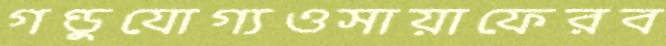
গণ্ডুযোগ্যওসায়াফেরব